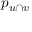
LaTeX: p _ { u \cap v }